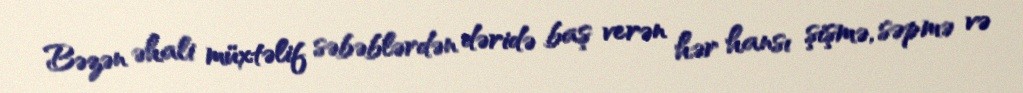
Bəzən əhali müxtəlif səbəblərdən dəridə baş verən hər hansı şişmə, səpmə və